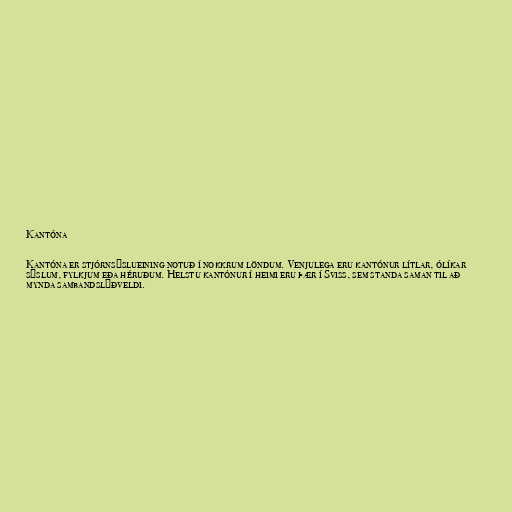
Kantóna

Kantóna er stjórnsýslueining notuð í nokkrum löndum. Venjulega eru kantónur lítlar, ólíkar
sýslum, fylkjum eða héruðum. Helstu kantónur í heimi eru þær í Sviss, sem standa saman til að
mynda sambandslýðveldi.